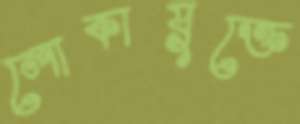
লোকায়ুক্তে